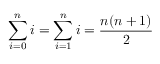
\sum _ { i = 0 } ^ { n } i = \sum _ { i = 1 } ^ { n } i = { \frac { n ( n + 1 ) } { 2 } } \qquad